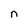
Character: n